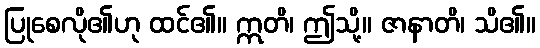
ပြုစေလို၏ဟု ထင်၏။ ဣတိ၊ ဤသို့။ ဇာနာတိ၊ သိ၏။